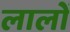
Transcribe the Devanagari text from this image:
लालों